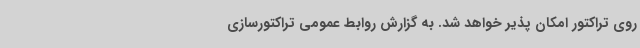
روی تراکتور امکان پذیر خواهد شد. به گزارش روابط عمومی تراکتورسازی